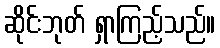
ဆိုင်းဘုတ် ရှာကြည့်သည်။